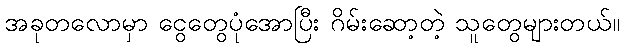
အခုတလောမှာ ငွေတွေပုံအောပြီး ဂိမ်းဆော့တဲ့ သူတွေများတယ်။